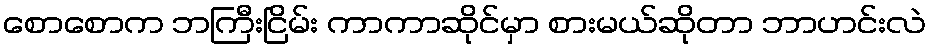
စောစောက ဘကြီးငြိမ်း ကာကာဆိုင်မှာ စားမယ်ဆိုတာ ဘာဟင်းလဲ